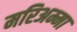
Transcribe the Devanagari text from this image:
मरिअम्मा